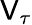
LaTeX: \mathsf{V}_{\tau}